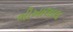
ભીખાલાલ